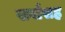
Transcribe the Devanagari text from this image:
सर्वांसह